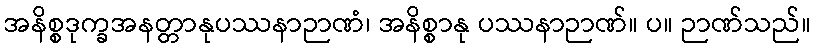
အနိစ္စဒုက္ခအနတ္တာနုပဿနာဉာဏံ၊ အနိစ္စာနု ပဿနာဉာဏ်။ ပ။ ဉာဏ်သည်။